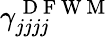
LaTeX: \gamma_{jjjj}^{\mathrm{~D~F~W~M~}}